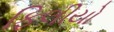
ફિલીયો